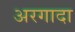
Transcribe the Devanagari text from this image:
अरगादा